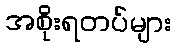
အစိုးရတပ်များ